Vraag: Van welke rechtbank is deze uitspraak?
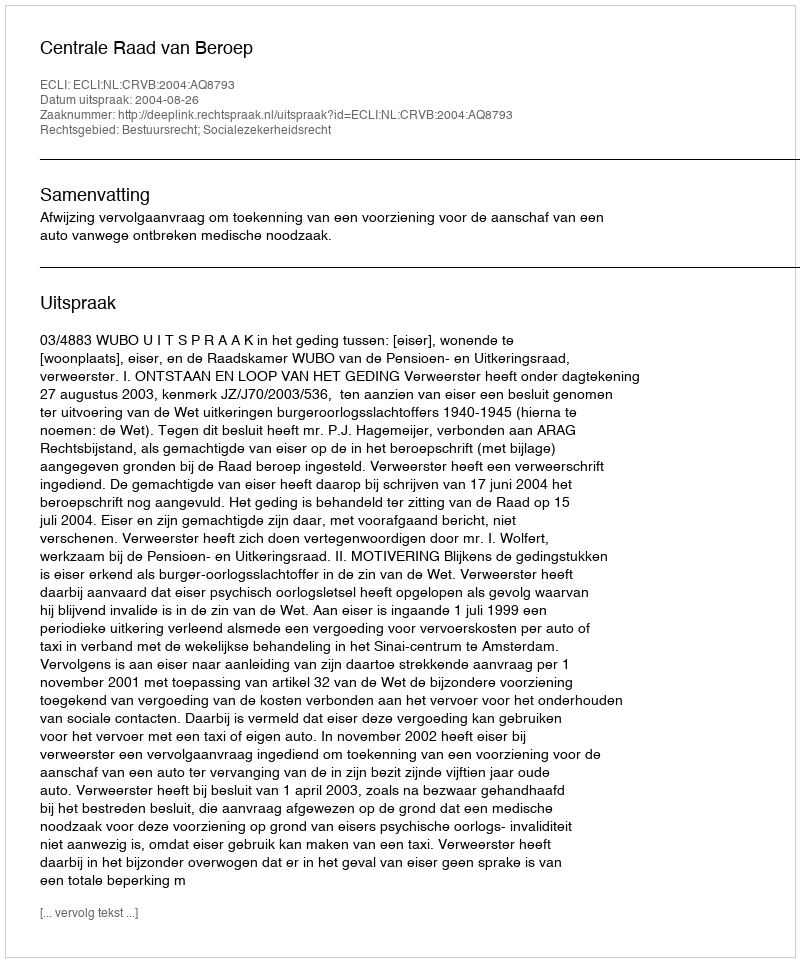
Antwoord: Centrale Raad van Beroep